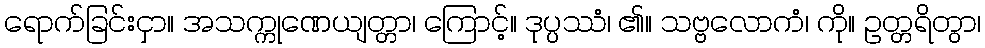
ရောက်ခြင်းငှာ။ အသက္ကုဏေယျတ္တာ၊ ကြောင့်။ ဒုပ္ပဿံ၊ ၏။ သဗ္ဗလောကံ၊ ကို။ ဥတ္တရိတွာ၊